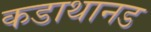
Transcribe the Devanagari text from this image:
कडाथानड